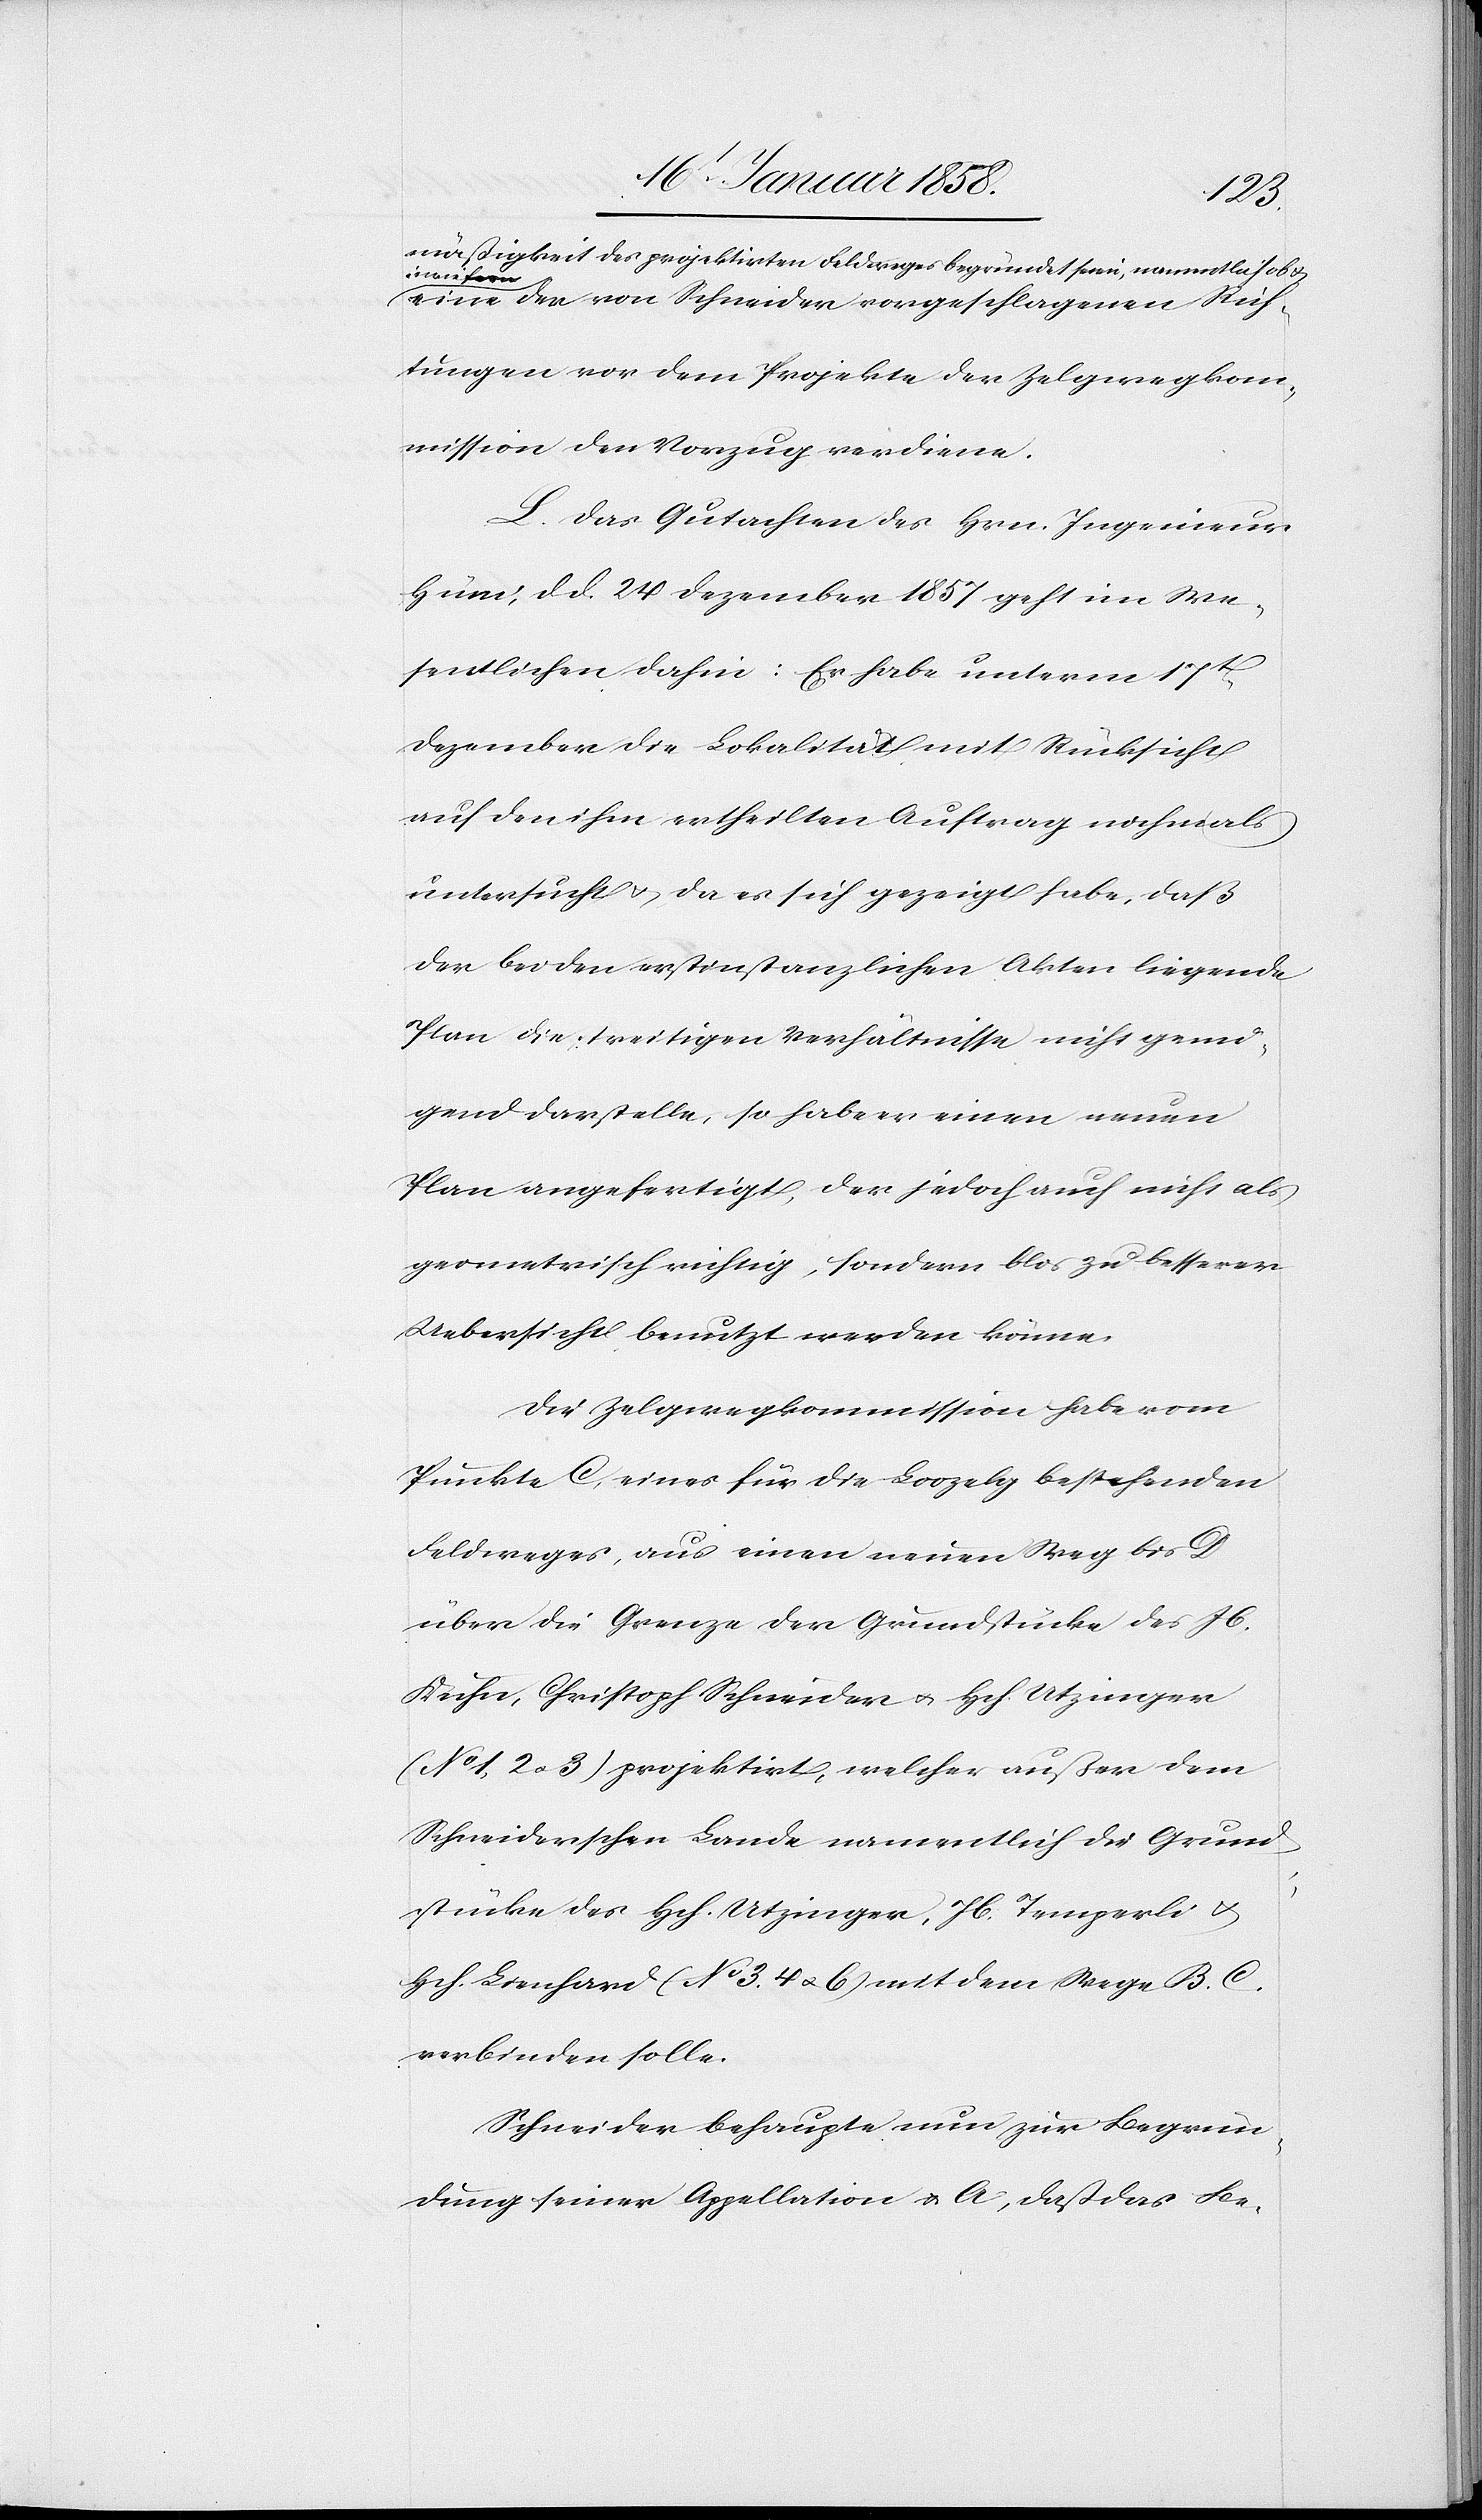
mäßigkeit des projektirten Feldweges begründet seien, namentlich ob &
wie fern
eine der von Schneider vorgeschlagenen Rich¬
tungen vor dem Projekte der Zelgwegkom¬
mission den Vorzug verdiene.
L. Das Gutachten des Hrn. Ingenieur
Hüni, d. d. 24 Dezember 1857 geht im We¬
sentlichen dahin: Er habe unterm 17t
Dezember die Lokalität mit Rücksicht
auf den ihm ertheilten Auftrag nochmals
untersucht u. da es sich gezeigt habe, daß
der bei den erstinstanzlichen Akten liegende
Plan die streitigen Verhältnisse nicht genu¬
gend darstelle, so habe er einen neuen
Plan angefertigt, der jedoch auch nicht als
geometrisch richtig, sondern blos zu besserer
Uebersicht benutzt werden könne.
Die Zelgwegkommission habe vom
Punkte C, eines für die Loozelg bestehenden
Feldweges, aus einen neuen Weg bis D
über die Grenze der Grundstücke des Jb.
Kuhn, Christoph Schneider u. Hch. Utzinger
(No 1, 2 u. 3) projektirt, welcher außer dem
Schneiderschen Lande namentlich die Grund¬
stücke des Hch. Utzinger, Jb. Temperli u.
Hch. Lienhard (No 3. 4 u. 6 mit dem Wege B. C.
verbinden solle.
Schneider behaupte nun zur Begrün¬
dung seiner Appellation u. A, daß das Be-